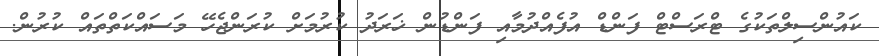
ކައުންސިލްތަކުގެ ޓްރަސްޓް ފަންޑް އުފެއްދުމާއި ފަންޑުން ޚަރަދު ކުރުމަށް ކުރަންޖެހޭ މަސައްކަތްތައް ކުރުން.